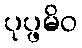
ပုပ္ဖမိဝ